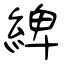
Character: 綼